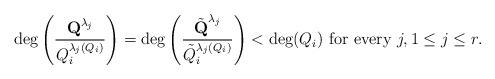
LaTeX: \begin{align*}\deg\left(\frac{\textbf{Q}^{\lambda_j}}{Q_i^{\lambda_j(Q_i)}}\right)=\deg\left(\frac{\tilde{\textbf{Q}}^{\lambda_j}}{\tilde Q_i^{\lambda_j(Q_i)}}\right)<\deg(Q_i)\mbox{ for every }j, 1\leq j\leq r.\end{align*}